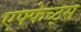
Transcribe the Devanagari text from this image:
एफ्फेच्ट्स